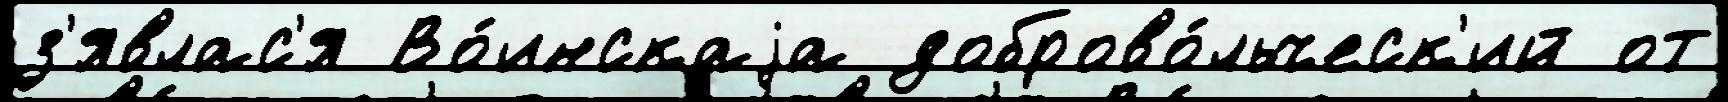
з'явлас'я Во́инскаjа доброво́льческ'ий от